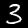
Digit: 3